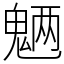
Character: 魉